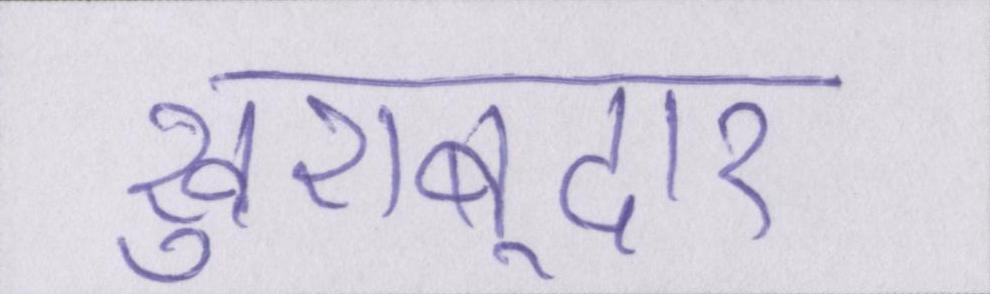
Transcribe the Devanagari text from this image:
खुशबूदार